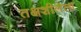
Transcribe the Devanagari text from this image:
तक्षशीलेला